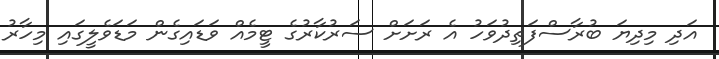
އަދި މިދިޔަ ބުރާސްފަތިދުވަހު އެ ރަށަށް ސަރުކާރުގެ ޓީމެއް ވަޑައިގެން މަޑަވެލީގައި މިހާރު